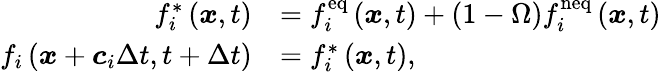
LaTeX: \begin{array}{rl}{f_{i}^{*}\left(\boldsymbol{x},t\right)}&{=f_{i}^{\mathrm{eq}}\left(\boldsymbol{x},t\right)+\left(1-\Omega\right)f_{i}^{\mathrm{neq}}\left(\boldsymbol{x},t\right)}\\ {f_{i}\left(\boldsymbol{x}+\boldsymbol{c}_{i}\Delta t,t+\Delta t\right)}&{=f_{i}^{*}\left(\boldsymbol{x},t\right),}\end{array}